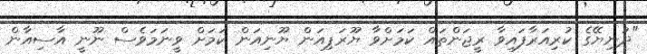
"ދުނިޔޭގެ ކުރިއަރާފައިވާ ރީޖަންތައް ކަމަށްވާ ޔޫރަޕިއަން ޔޫނިއަން ކަމަށް ވީނަމަވެސް ނޫނީ އާސިއާން